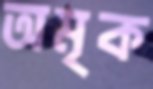
অমৃক